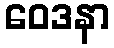
ဝေဒနာ